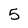
Character: 5